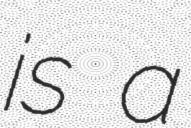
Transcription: is a